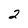
Character: 2